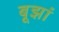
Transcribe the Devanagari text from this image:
बूझां